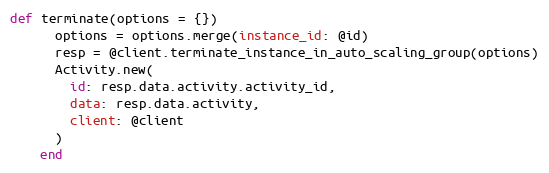
Language: Ruby
def terminate(options = {})
      options = options.merge(instance_id: @id)
      resp = @client.terminate_instance_in_auto_scaling_group(options)
      Activity.new(
        id: resp.data.activity.activity_id,
        data: resp.data.activity,
        client: @client
      )
    end